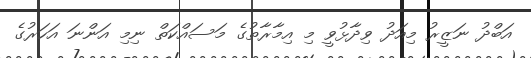
އަބްދު ނަޒީރު މިއަދު ވިދާޅުވީ މި އިމާރާތުގެ މަސައްކަތް ނިމި އަންނަ އަހަރުގެ